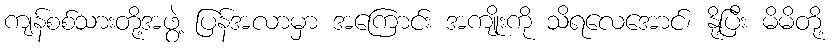
ကျန်စစ်သားတို့အဖွဲ့ ပြန်အလာမှာ အကြောင်း အကျိုးကို သိရလေအောင်၊ နို့ပြီး မိမိတို့